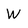
Character: W